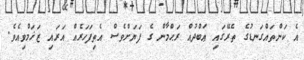
އެ ކަންތައްގަނޑުގެ ތެރޭގައި ޢަބްދުއް ރަޙްމާން ގެ ފަޔަށްވެސް އެތިފަހަރެއް އަރައި ޒަޚަމްވިއެވެ.